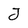
Character: J